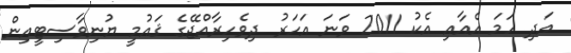
އަދި ހަމަ އެއާއި އެކު 2011 ވަނަ އަހަރު ދިވެހިރާއްޖޭގެ ޤައުމީ ޔުނިވާސިޓީއިން